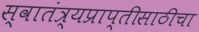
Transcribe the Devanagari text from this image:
स्वातंत्र्यप्राप्तीसाठीचा